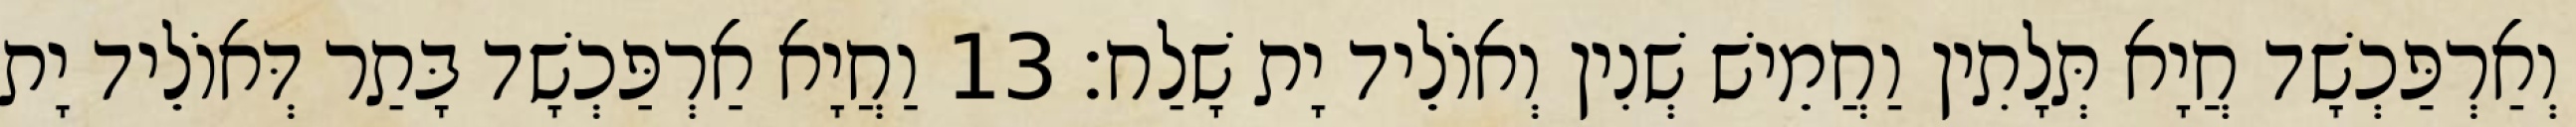
וְאַרְפַּכְשָׁד חֲיָא תְּלָתִין וַחֲמֵישׁ שְׁנִין וְאוֹלֵיד יָת שָׁלַח׃ 13 וַחֲיָא אַרְפַּכְשָׁד בָּתַר דְּאוֹלֵיד יָת